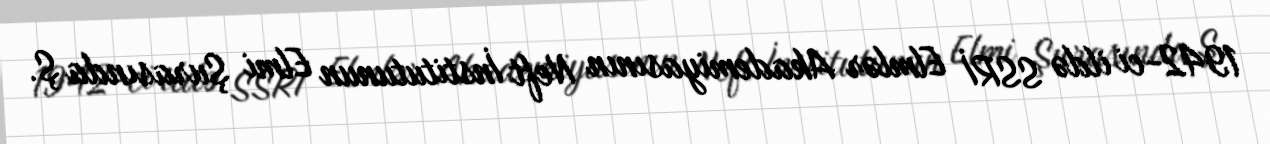
1942-ci ildə SSRİ Elmlər Akademiyasının Neft İnstitutunun Elmi Şurasında Ş.